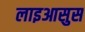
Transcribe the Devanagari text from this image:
लाइआसुस